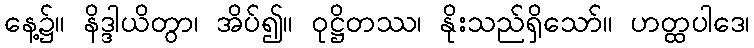
နေ့၌။ နိဒ္ဒါယိတွာ၊ အိပ်၍။ ဝုဋ္ဌိတဿ၊ နိုးသည်ရှိသော်။ ဟတ္ထပါဒေ၊